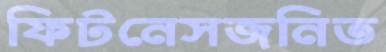
ফিটনেসজনিত